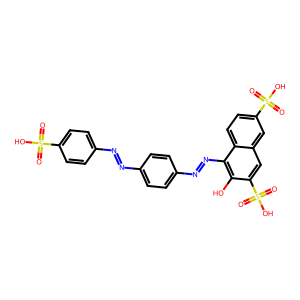
SMILES: O=S(=O)(O)c1ccc(N=Nc2ccc(N=Nc3c(O)c(S(=O)(=O)O)cc4cc(S(=O)(=O)O)ccc34)cc2)cc1
Inhibits HIV replication: No